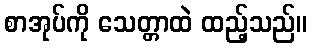
စာအုပ်ကို သေတ္တာထဲ ထည့်သည်။